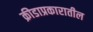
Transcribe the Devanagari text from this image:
क्रीडाप्रकारातील